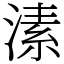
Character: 溸